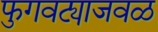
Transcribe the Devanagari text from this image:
फुगवट्याजवळ